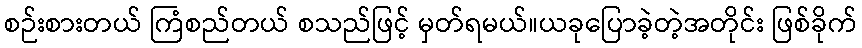
စဉ်းစားတယ် ကြံစည်တယ် စသည်ဖြင့် မှတ်ရမယ်။ယခုပြောခဲ့တဲ့အတိုင်း ဖြစ်ခိုက်